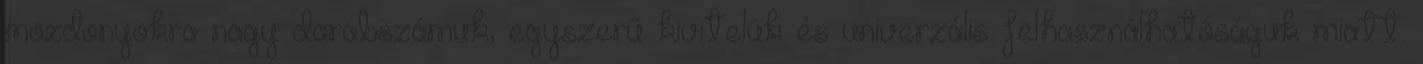
mozdonyokra nagy darabszámuk, egyszerű kivitelük és univerzális felhasználhatóságuk miatt.